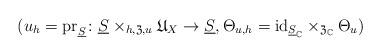
LaTeX: \begin{align*}(u_{h}=\mathrm{pr}_{\underline{S}}\colon \underline{S}\times_{h,\mathfrak{Z},u}\mathfrak{U}_{X}\to\underline{S},\Theta_{u,h}=\mathrm{id}_{\underline{S}_{\mathbb{C}}}\times_{\mathfrak{Z}_{\mathbb{C}}}\Theta_{u})\end{align*}